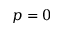
p = 0